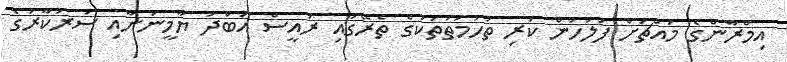
އިމްރާންގެ މައްޗަށް ފުލުހުން ކުރި ތުހުމަތުތަކުގެ ތެރޭގައި ރައީސް އަބްދު ޔާމީނަށާއި ސަރުކާރުގެ